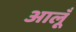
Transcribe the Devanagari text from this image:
आलूँ